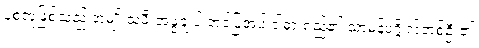
ပုံစံတူဖြစ်သည် အမျိုးသမီးအဖွဲ့ချုပ် တင်ပြအပ် ငါ့ဓားရှည်၏ သာမန်ပုဂ္ဂိုလ်တစ်ဦး၏